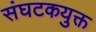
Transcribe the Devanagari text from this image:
संघटकयुक्त